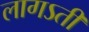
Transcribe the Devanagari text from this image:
लागऽती